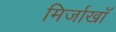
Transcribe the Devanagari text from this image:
मिर्जाखाँ